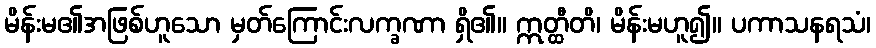
မိန်းမ၏အဖြစ်ဟူသော မှတ်ကြောင်းလက္ခဏာ ရှိ၏။ ဣတ္ထီတိ၊ မိန်းမဟူ၍။ ပကာသနရသံ၊